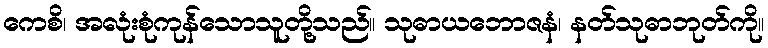
ကေစိ၊ အလုံးစုံကုန်သောသူတို့သည်။ သုဓာယဘောဇနံ၊ နတ်သုဓာဘုတ်ကို။